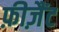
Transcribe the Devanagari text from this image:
फ़ीज़ैंट